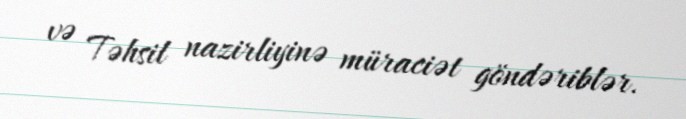
və Təhsil nazirliyinə müraciət göndəriblər.